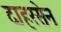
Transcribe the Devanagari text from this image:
दाहरसेन